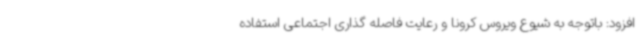
افزود: باتوجه به شیوع ویروس کرونا و رعایت فاصله گذاری اجتماعی استفاده